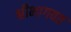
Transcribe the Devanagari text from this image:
श्रीभागवत